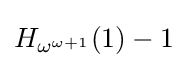
H_{\omega ^{\omega +1}}(1)-1